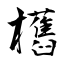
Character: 欍